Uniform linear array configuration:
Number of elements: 32
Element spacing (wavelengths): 0.75
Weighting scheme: kaiser
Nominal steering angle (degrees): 30
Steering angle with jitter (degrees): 29.588
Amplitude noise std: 0.05
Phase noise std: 0.05

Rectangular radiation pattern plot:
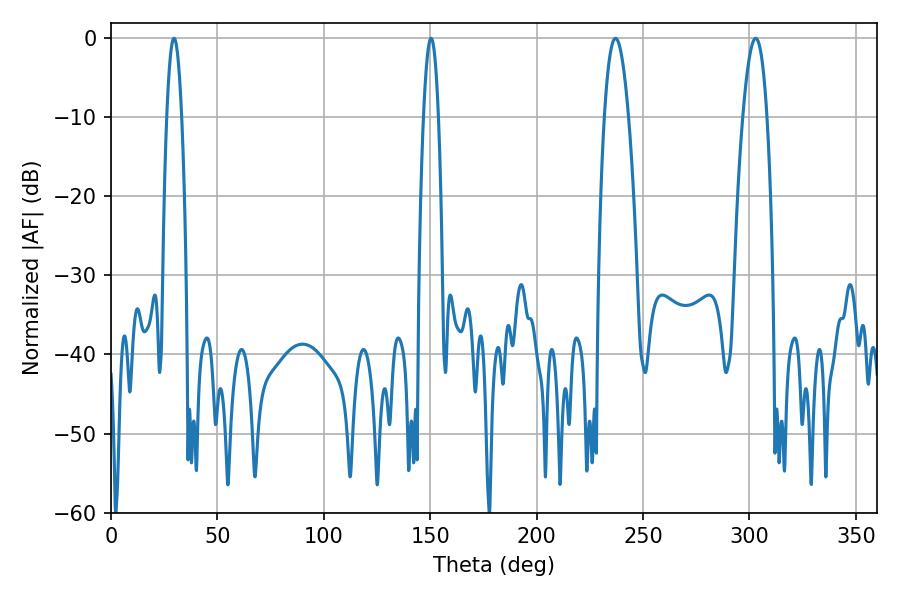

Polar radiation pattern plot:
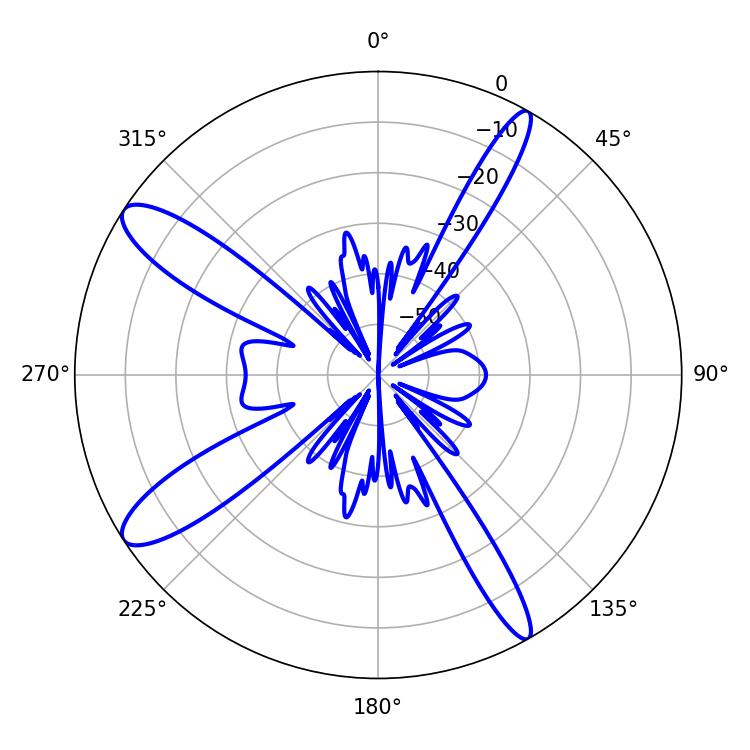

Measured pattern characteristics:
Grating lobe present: TRUE
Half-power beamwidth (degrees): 6.3
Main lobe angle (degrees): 237.06